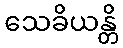
သေခိယန္တိ